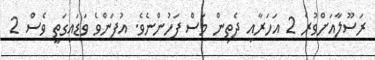
ރަސޫލާއަށްވުރެ 2 އަހަރާއި ދެތިން މަސް ފަހުންނެވެ. އުފަންވެ ވަޑައިގަތީ ވެސް 2